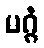
မဂ္ဂံ